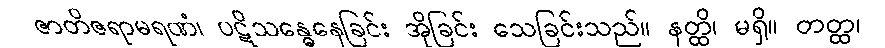
ဇာတိဇရာမရဏံ၊ ပဋိသန္ဓေနေခြင်း အိုခြင်း သေခြင်းသည်။ နတ္ထိ၊ မရှိ။ တတ္ထ၊